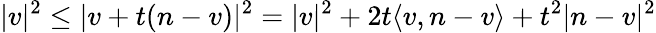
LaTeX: |v|^{2}\leq|v+t(n-v)|^{2}=|v|^{2}+2t\langle v,n-v\rangle+t^{2}|n-v|^{2}